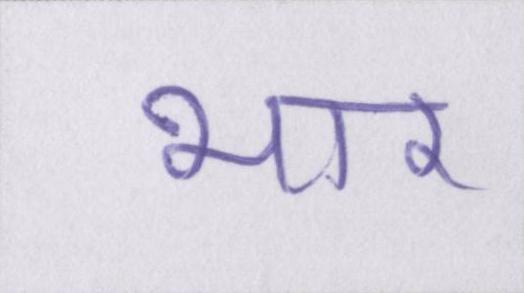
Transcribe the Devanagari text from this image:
भार